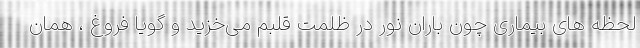
لحظه های بیماری چون باران نور در ظلمت قلبم می‌خزید و گویا فروغ ، همان